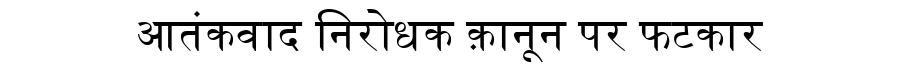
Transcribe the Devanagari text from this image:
आतंकवाद निरोधक क़ानून पर फटकार